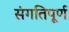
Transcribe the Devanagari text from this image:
संगतिपूर्ण